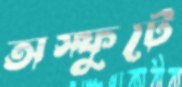
অস্ফুটে